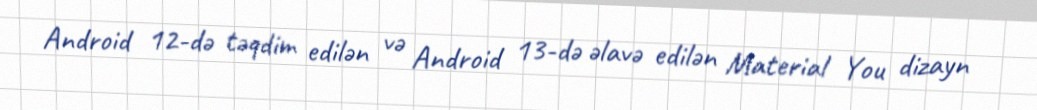
Android 12-də təqdim edilən və Android 13-də əlavə edilən Material You dizayn